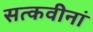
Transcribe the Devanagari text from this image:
सत्कवीनां